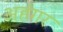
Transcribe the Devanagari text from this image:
अहंगर